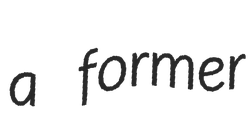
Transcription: a former